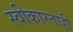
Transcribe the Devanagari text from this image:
स्वीकारताही